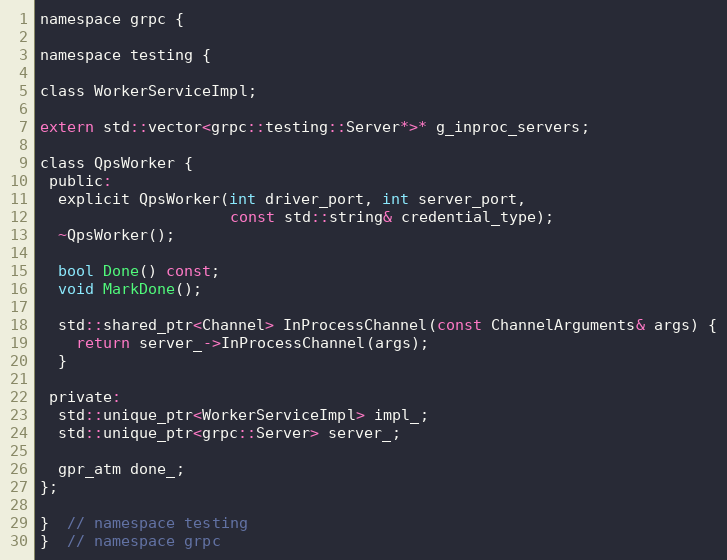
Language: C
namespace grpc {

namespace testing {

class WorkerServiceImpl;

extern std::vector<grpc::testing::Server*>* g_inproc_servers;

class QpsWorker {
 public:
  explicit QpsWorker(int driver_port, int server_port,
                     const std::string& credential_type);
  ~QpsWorker();

  bool Done() const;
  void MarkDone();

  std::shared_ptr<Channel> InProcessChannel(const ChannelArguments& args) {
    return server_->InProcessChannel(args);
  }

 private:
  std::unique_ptr<WorkerServiceImpl> impl_;
  std::unique_ptr<grpc::Server> server_;

  gpr_atm done_;
};

}  // namespace testing
}  // namespace grpc